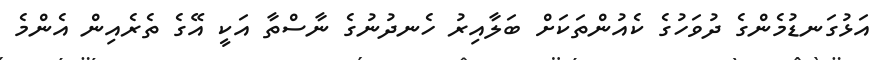
އަޅުގަނޑުމެންގެ ދުވަހުގެ ކެއުންތަކަށް ބަލާއިރު ހެނދުނުގެ ނާސްތާ އަކީ އޭގެ ތެރެއިން އެންމެ